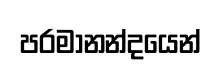
පරමානන්දයෙන්